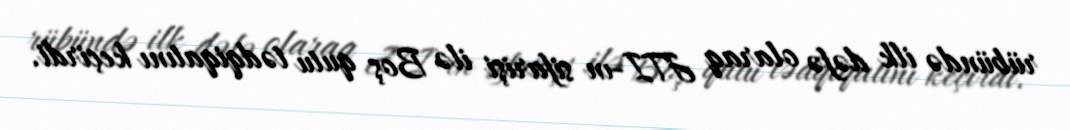
rübündə ilk dəfə olaraq JTI-ın sifarişi ilə Boş qutu tədqiqatını keçirdi.